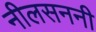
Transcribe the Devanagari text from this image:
नीलसननी